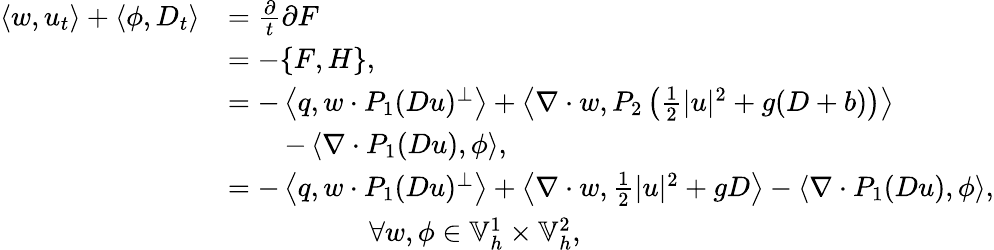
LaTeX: \begin{array}{rl}{\left\langle w,u_{t}\right\rangle+\left\langle\phi,D_{t}\right\rangle}&{=\frac{\partial}{t}{\partial F}}\\ &{=-\{ F,H\} ,}\\ &{=-\left\langle q,w\cdot P_{1}(Du)^{\perp}\right\rangle+\left\langle\nabla\cdot w,P_{2}\left(\frac{1}{2}|u|^{2}+g(D+b)\right)\right\rangle}\\ &{\qquad-\left\langle\nabla\cdot P_{1}(Du),\phi\right\rangle,}\\ &{=-\left\langle q,w\cdot P_{1}(Du)^{\perp}\right\rangle+\left\langle\nabla\cdot w,\frac{1}{2}|u|^{2}+gD\right\rangle-\left\langle\nabla\cdot P_{1}(Du),\phi\right\rangle,}\\ &{\qquad\qquad\quad\forall w,\phi\in\mathbb{V}_{h}^{1}\times\mathbb{V}_{h}^{2},}\end{array}